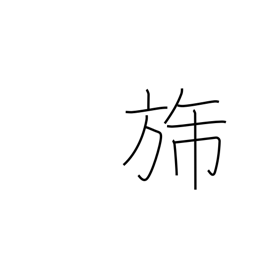
Meaning: flag